system: You are a helpful assistant.
user:
Analyze the provided spectrum to determine if it is a **"Cataclysmic Variables (CV)"**.

- **Key Indicators for CV (Check for either state):**
    - **State 1: Quiescent / Low-State (Emission-Dominated)**
        - **(Primary):** Strong and *very broad* Hydrogen Balmer emission lines (e.g., $H\alpha$ at 6563 Å, $H\beta$ at 4861 Å). The 'broadness' (high velocity dispersion, often FWHM > 1000 km/s) is the key diagnostic, indicating a high-velocity accretion disk.
        - **(Secondary):** Broad neutral Helium (He I) emission lines (e.g., 5876 Å, 6678 Å).
        - **(Key Confirmation):** Presence of high-excitation *ionized* Helium (He II) emission at 4686 Å. This is a strong indicator of accretion onto a white dwarf.
        - **(Line Profile):** Emission lines may exhibit a 'double-peaked' profile, which is a classic signature of a rotating accretion disk viewed at high inclination.

    - **State 2: Outburst / High-State (Absorption-Dominated)**
        - **(Primary):** Spectrum is dominated by a bright, blue continuum (looks like a hot star).
        - **(Secondary):** The emission lines from State 1 are weak, absent, or 'filled in', and are replaced by broad, shallow *absorption* lines (primarily Balmer and He I).
        - **(Morphology):** The overall spectrum mimics a hot B/A-type star. The crucial difference is that the absorption lines are significantly broader, shallower, and more 'washed-out' (or 'smeared') than the sharp lines of a normal stellar photosphere, due to high rotational speeds and pressure broadening in the disk.

Think first, call **spectral_visualization_tool** if needed to examine features in detail, then provide your final answer. Your response must adhere to the following strict rules:
1.  **Overall Structure:** Your response must follow the format `<think>...</think> <tool_call>...</tool_call> (if a tool is used) <answer>...</answer>`.
2.  **Tool Usage Constraint:** You may only make **one** tool call per turn.
3.  **Final Answer Format:** In the `<answer>` tag, your conclusion must be inside a `\boxed{}` command (e.g., `\boxed{YES}`), followed by your justification.

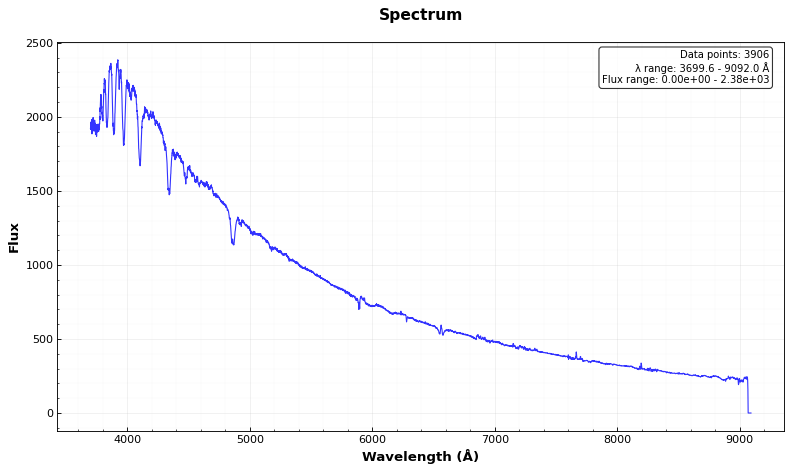
Answer: YES